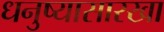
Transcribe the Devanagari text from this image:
धनुष्यासारखा